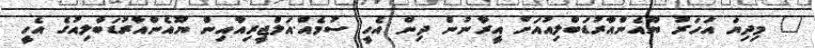
" މިދިޔަ އަހަރު ޔޫއެންއާރުޑަބްލިއުއަށް އީރާނުން ދިން އެހީ ސުމެއް.އަލްޖީރިއާއިން ޔޫއެންއާރުޑަބްލިއުގެ އެހީ